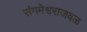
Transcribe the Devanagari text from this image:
संगमेश्वराजवळ